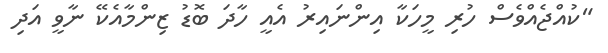
"ކުއްޖެއްވެސް ހުރި މީހަކާ އިންނައިރު އެއީ ހާދަ ބޮޑު ޒިންމާއެކޭ ނާވީ އަދި